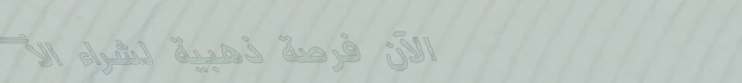
الآن فرصة ذهبية لشراء الأ